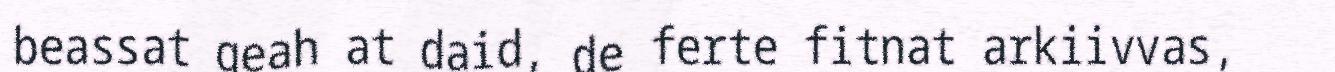
beassat geah at daid, de ferte fitnat arkiivvas,